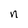
Character: n